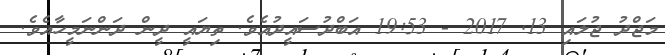
މަޖްދު ޖުލައި 13